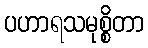
ပဟာရသမုစ္စိတာ